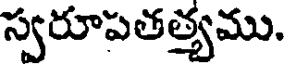
స్వరూపతత్యము.